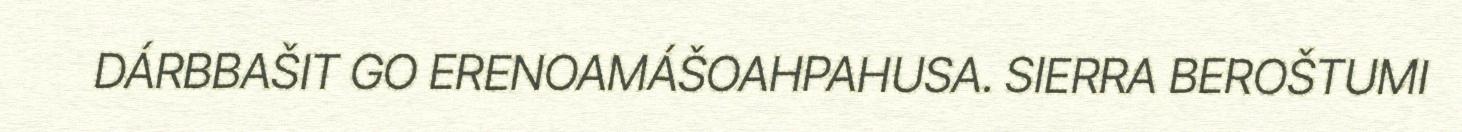
DÁRBBAŠIT GO ERENOAMÁŠOAHPAHUSA. SIERRA BEROŠTUMI